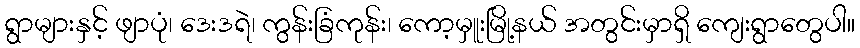
ရွာများနှင့် ဖျာပုံ၊ ဒေးဒရဲ၊ ကွန်းခြံကုန်း၊ ကော့မှူးမြို့နယ် အတွင်းမှာရှိ ကျေးရွာတွေပါ။